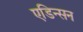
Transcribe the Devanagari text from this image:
एडिन्सन